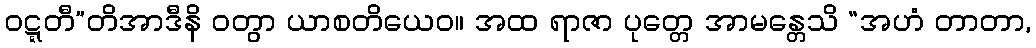
ဝဋ္ဋတီ”တိအာဒီနိ ဝတွာ ယာစတိယေဝ။ အထ ရာဇာ ပုတ္တေ အာမန္တေသိ “အဟံ တာတာ,